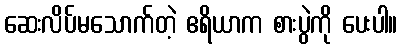
ဆေးလိပ်မသောက်တဲ့ ဧရိယာက စားပွဲကို ပေးပါ။